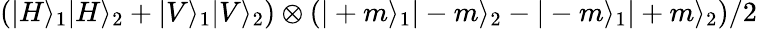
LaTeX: \left(|H\rangle_{1}|H\rangle_{2}+|V\rangle_{1}|V\rangle_{2}\right)\otimes\left(|+m\rangle_{1}|-m\rangle_{2}-|-m\rangle_{1}|+m\rangle_{2}\right)/2